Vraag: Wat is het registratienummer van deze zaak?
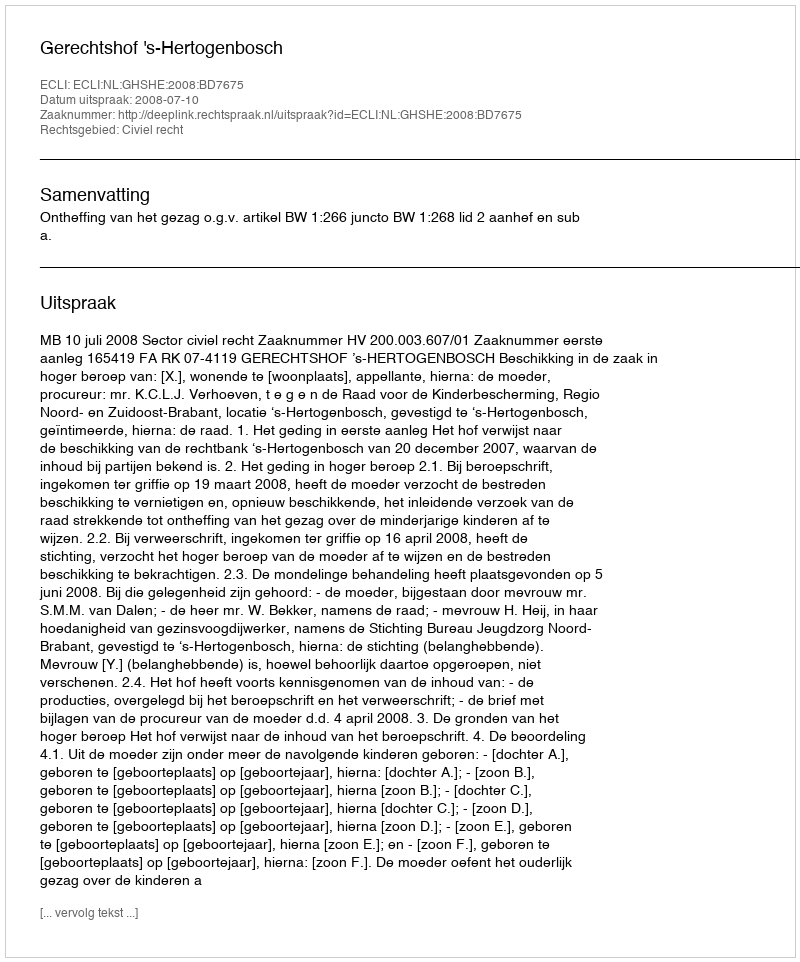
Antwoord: http://deeplink.rechtspraak.nl/uitspraak?id=ECLI:NL:GHSHE:2008:BD7675